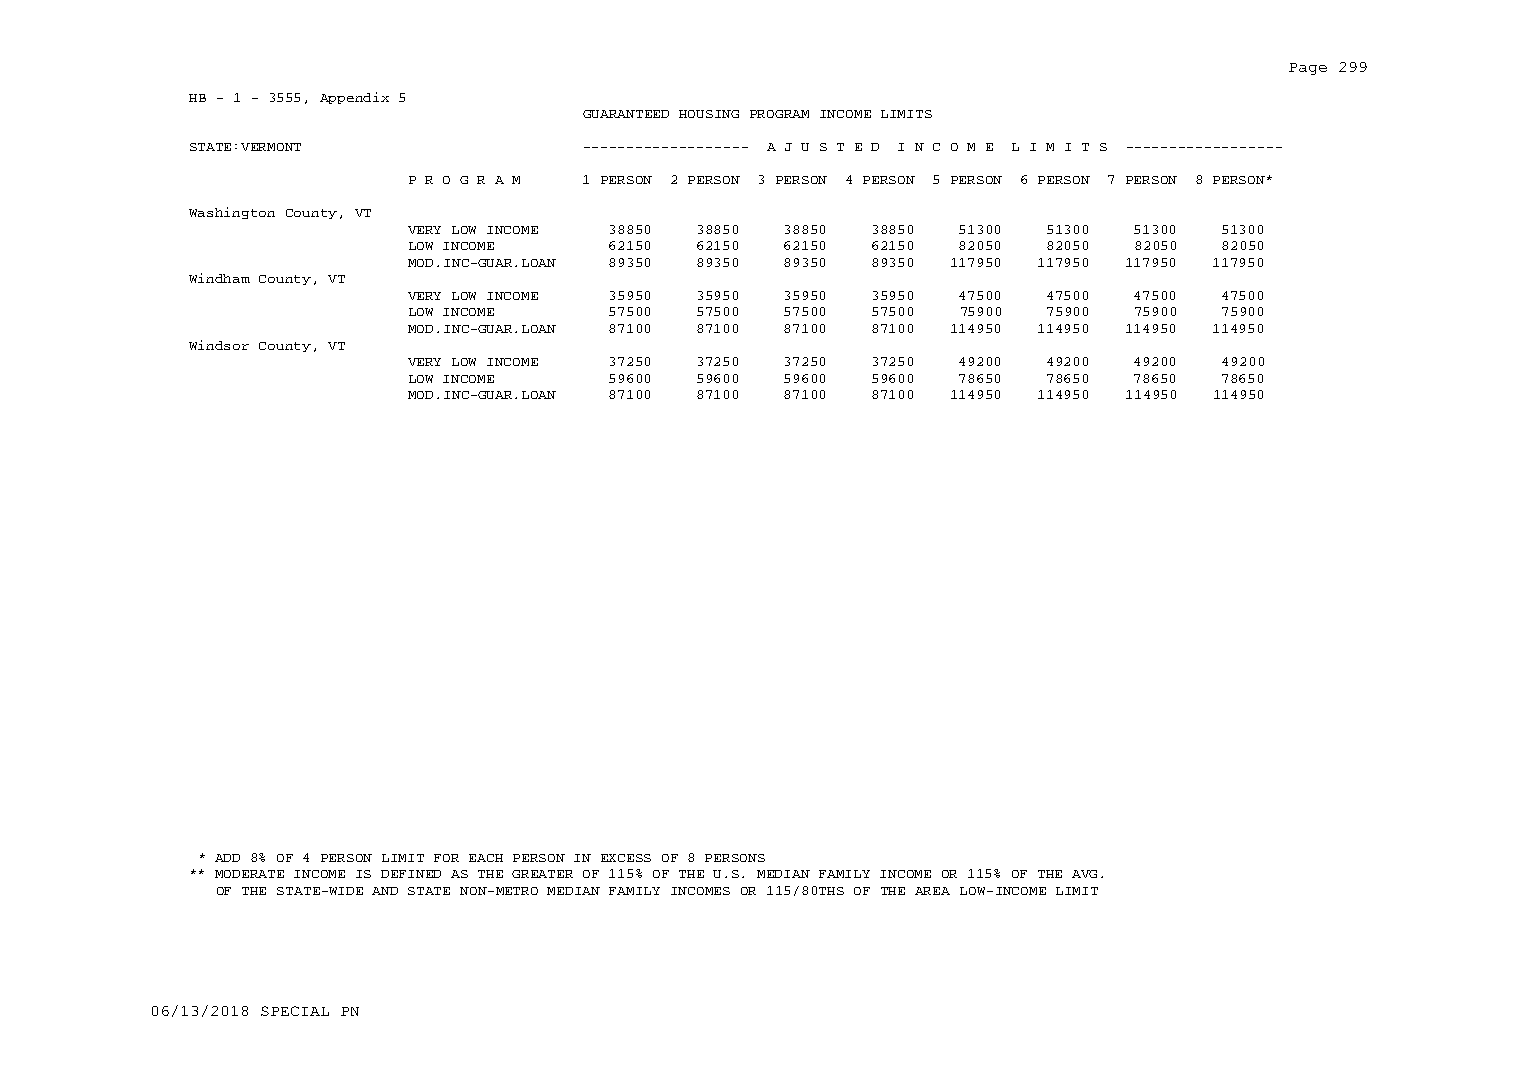
Page 299
 HB - 1 - 3555, Appendix 5
 GUARANTEED HOUSING PROGRAM INCOME LIMITS
 STATE:VERMONT             ------------------- A J U S T E D I N C O M E L I M I T S ------------------
 P R O G R A M 1 PERSON 2 PERSON 3 PERSON 4 PERSON 5 PERSON 6 PERSON 7 PERSON 8 PERSON*
 Washington County, VT
 VERY LOW INCOME 38850 38850 38850 38850 51300 51300 51300 51300
 LOW INCOME    62150 62150 62150 62150 82050 82050 82050 82050
 MOD.INC-GUAR.LOAN 89350 89350 89350 89350 117950 117950 117950 117950
 Windham County, VT
 VERY LOW INCOME 35950 35950 35950 35950 47500 47500 47500 47500
 LOW INCOME    57500 57500 57500 57500 75900 75900 75900 75900
 MOD.INC-GUAR.LOAN 87100 87100 87100 87100 114950 114950 114950 114950
 Windsor County, VT
 VERY LOW INCOME 37250 37250 37250 37250 49200 49200 49200 49200
 LOW INCOME    59600 59600 59600 59600 78650 78650 78650 78650
 MOD.INC-GUAR.LOAN 87100 87100 87100 87100 114950 114950 114950 114950
 * ADD 8% OF 4 PERSON LIMIT FOR EACH PERSON IN EXCESS OF 8 PERSONS
 ** MODERATE INCOME IS DEFINED AS THE GREATER OF 115% OF THE U.S. MEDIAN FAMILY INCOME OR 115% OF THE AVG.
 OF THE STATE-WIDE AND STATE NON-METRO MEDIAN FAMILY INCOMES OR 115/80THS OF THE AREA LOW-INCOME LIMIT
 06/13/2018 SPECIAL PN